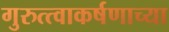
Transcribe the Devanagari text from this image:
गुरुत्त्वाकर्षणाच्या